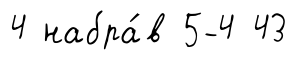
4 набра́в 5-4 43